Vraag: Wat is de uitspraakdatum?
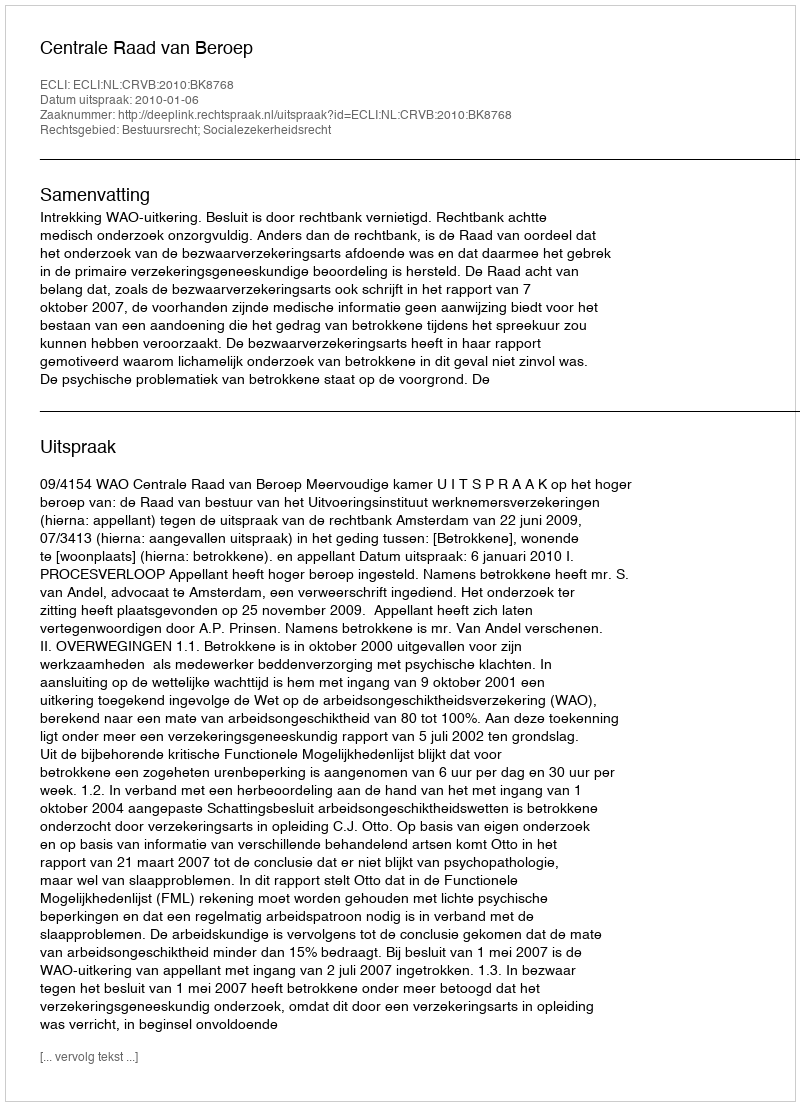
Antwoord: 2010-01-06